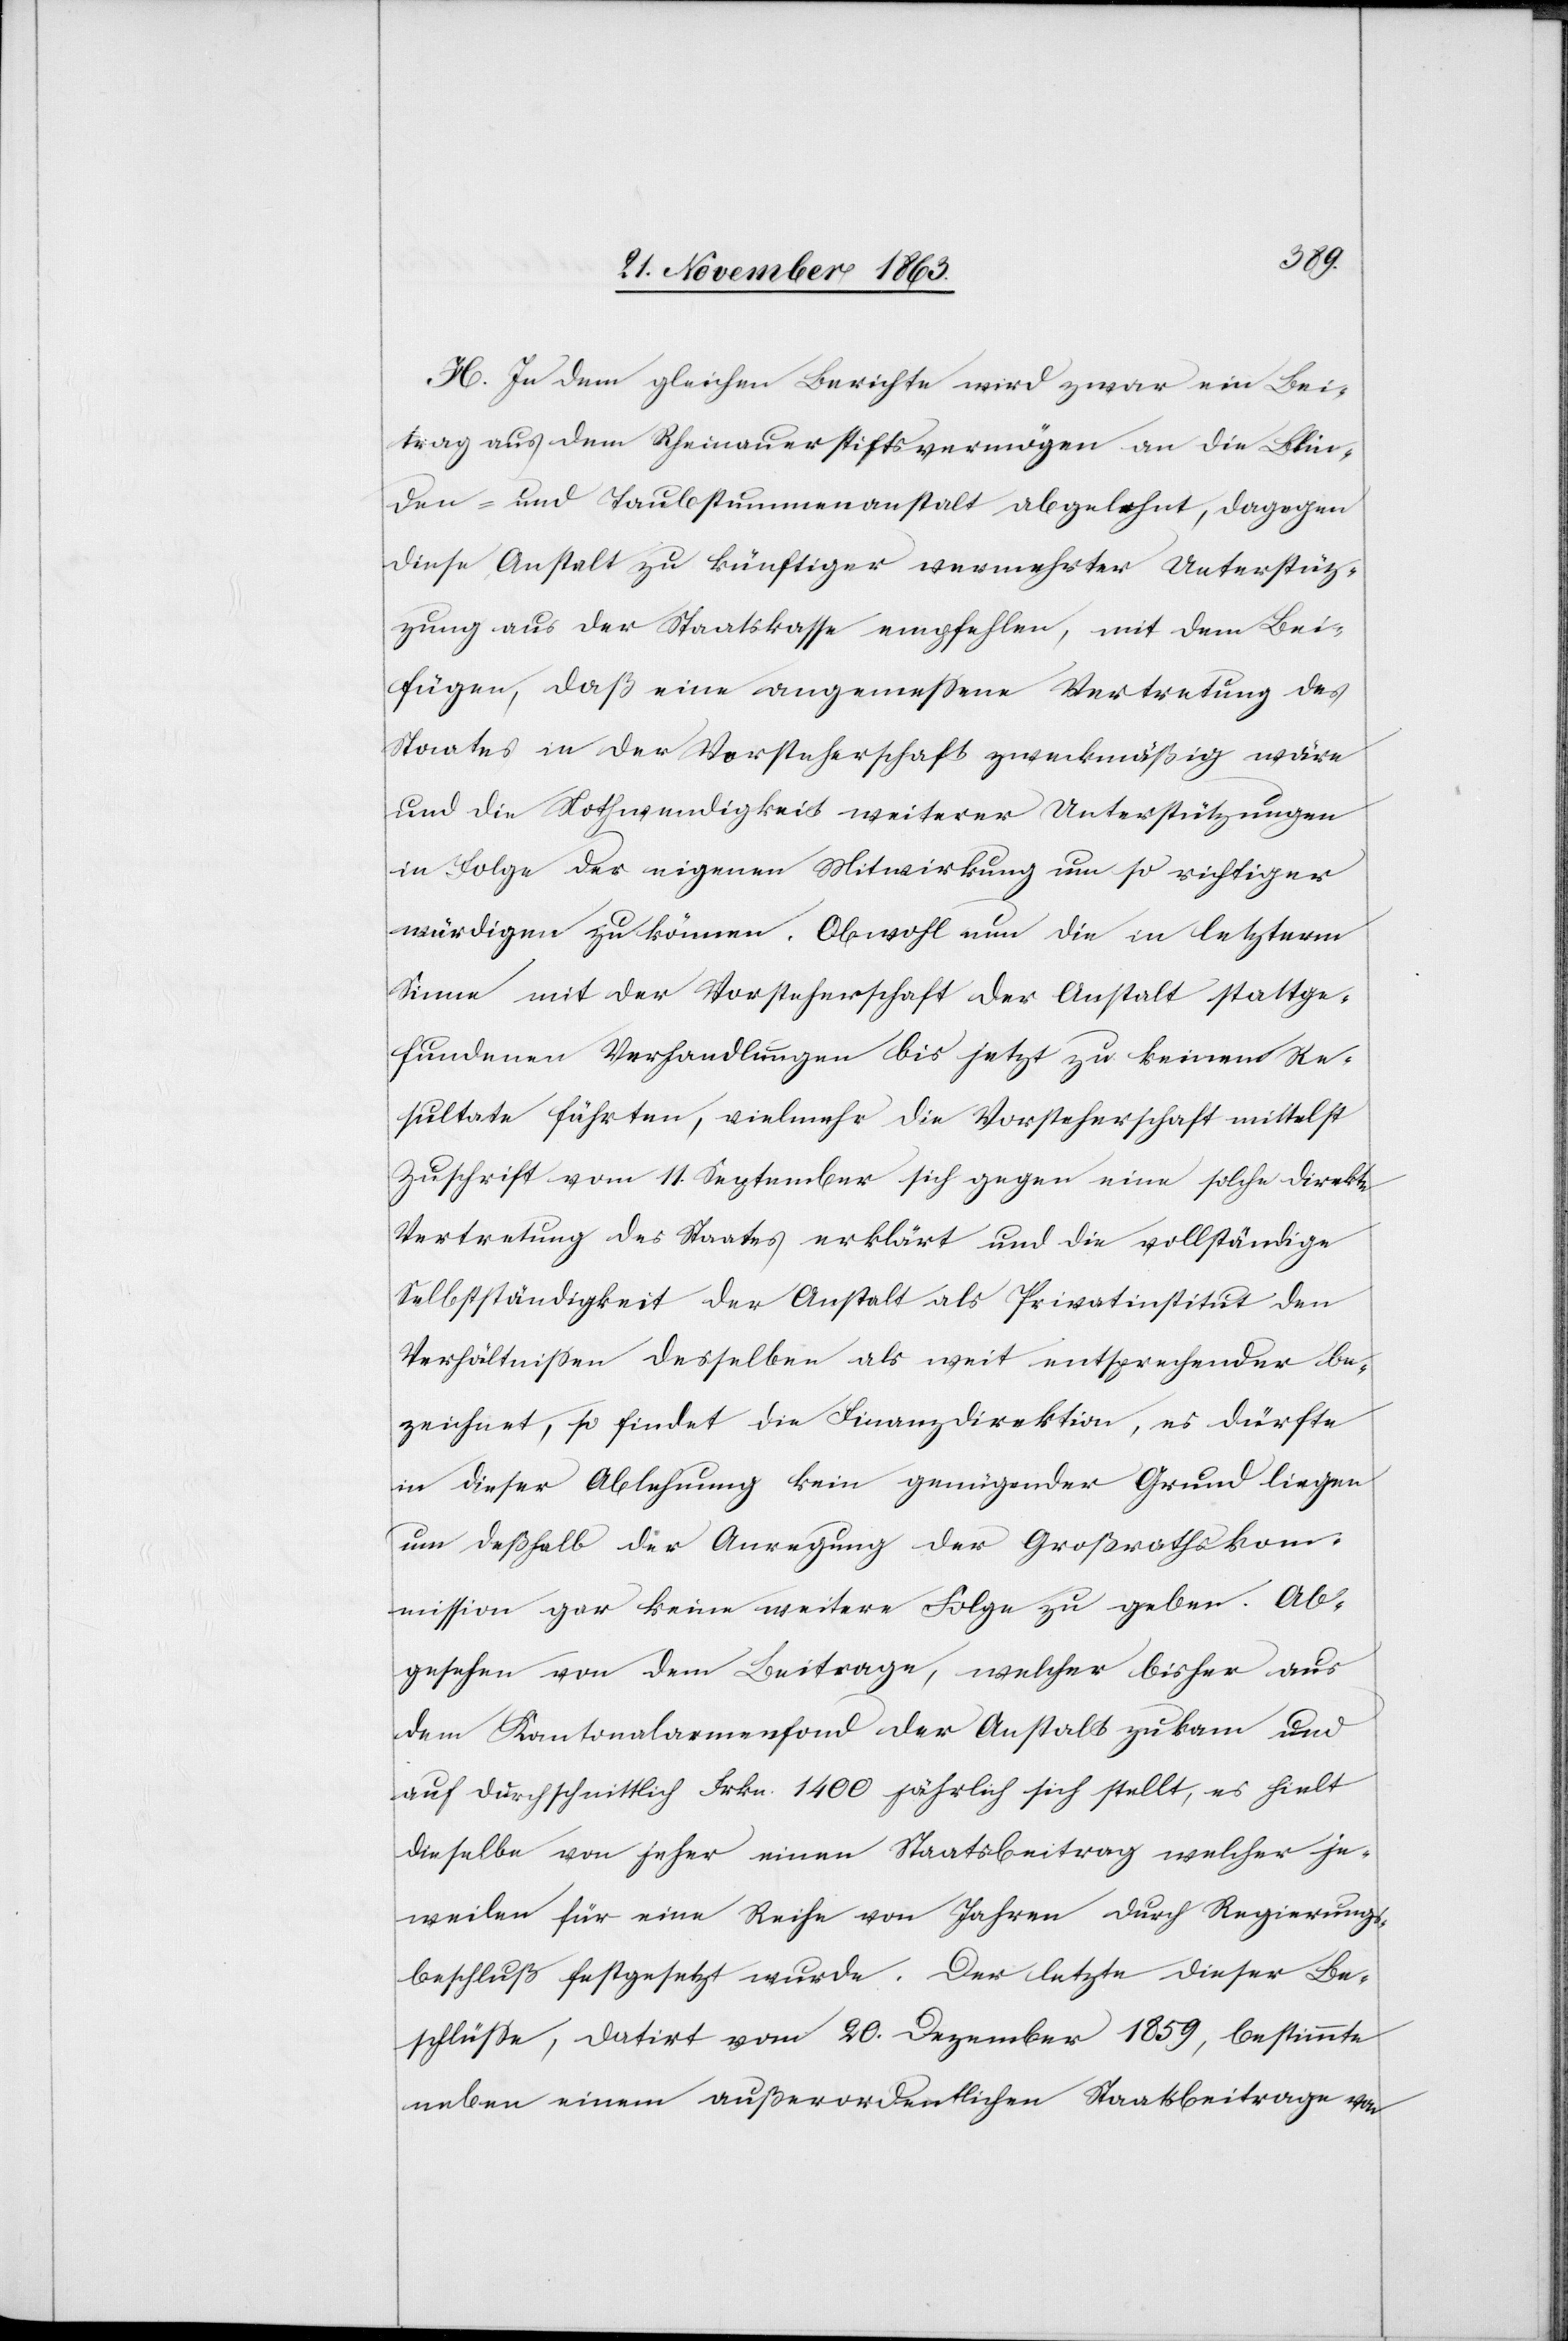
In dem gleichen Berichte wird zwar ein Bei¬
trag aus dem Rheinauerstiftsvermögen an die Blin¬
den- und Taubstummenanstalt abgelehnt, dagegen
diese Anstalt zu künftiger vermehrter Unterstüt¬
zung aus der Staatskasse empfehlen [sic!], mit dem Bei¬
fügen, daß eine angemessene Vertretung des
Staates in der Vorsteherschaft zweckmäßig wäre
und die Nothwendigkeit weiterer Unterstützungen
in Folge der eigenen Mitwirkung um so richtiger
würdigen zu können. Obwohl nun die in letzterm
Sinne mit der Vorsteherschaft der Anstalt stattge¬
fundenen Verhandlungen bis jetzt zu keinem Re¬
sultate führten, vielmehr die Vorsteherschaft mittelst
Zuschrift vom 11. September sich gegen eine solche direkte
Vertretung des Staates erklärt und die vollständige
Selbstständigkeit der Anstalt als Privatinstitut den
Verhältnissen desselben als weit entsprechender be¬
zeichnet, so findet die Finanzdirektion, es dürfte
in dieser Ablehnung kein genügender Grund liegen
um deßhalb der Anregung der Großrathskom¬
mission gar keine weitere Folge zu geben. Ab¬
gesehen von dem Beitrage, welcher bisher aus
dem Kantonalarmenfond der Anstalt zukam und
auf durchschnittlich Frkn. 1400 jährlich sich stellt, es hielt
dieselbe von jeher einen Staatsbeitrag welcher je¬
weilen für eine Reihe von Jahren durch Regierungs¬
beschluß festgesetzt wurde. Der letzte dieser Be¬
schlüsse, datirt vom 20. Dezember 1859, bestimmte
neben einem außerordentlichen Staatsbeitrage von